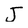
Character: J